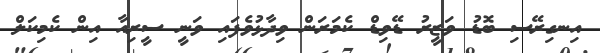
އިނގިރޭސި ބޮޑު ވަޒީރު ޑޭވިޑް ކެމަރަން ވިދާޅުވެފައި ވަނީ ސީރިއާ އިން ކެމިކަލް